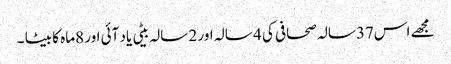
مجھے اس37سالہ صحافی کی 4 سالہ اور 2 سالہ بیٹی یاد آئی اور 8ماہ کا بیٹا ۔